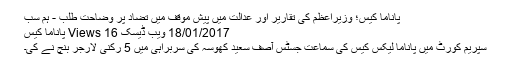
پاناما کیس؛ وزیراعظم کی تقاریر اور عدالت میں پیش موقف میں تضاد پر وضاحت طلب - ہم سب
18/01/2017 ویب ڈیسک 16 Views پاناما کیس
سپریم کورٹ میں پاناما لیکس کیس کی سماعت جسٹس آصف سعید کھوسہ کی سربراہی میں 5 رکنی لارجر بنچ نے کی۔